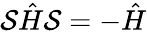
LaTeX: {\cal S}\hat{H}{\cal S}=-\hat{H}